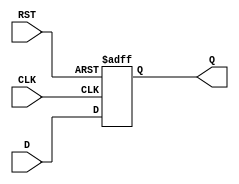
module IntermediateRegister #(
    parameter WIDTH = 8 // Parameter to define the bit-width of the register
)(
    input  wire [WIDTH-1:0] D,      // Data input
    input  wire CLK,                  // Clock input
    input  wire RST,                  // Reset signal
    output reg  [WIDTH-1:0] Q         // Data output
);

    // Asynchronous reset behavior
    always @(posedge CLK or posedge RST) begin
        if (RST) begin
            Q <= {WIDTH{1'b0}}; // Clear the register to zero
        end else begin
            Q <= D; // Capture the input data on the clock edge
        end
    end

endmodule